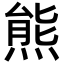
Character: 熊